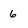
Character: 6